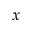
x